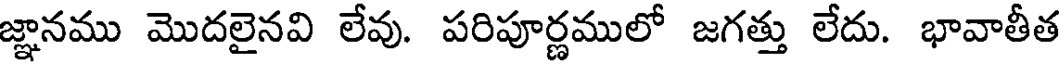
జ్ఞానము మొదలైనవి లేవు. పరిపూర్ణములో జగత్తు లేదు. భావాతీత